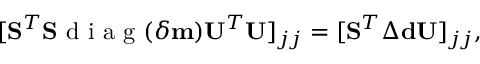
\begin{array} { r } { [ \mathbf { S } ^ { T } \mathbf { S } \mathrm { ~ d ~ i ~ a ~ g ~ } ( \delta \mathbf { m } ) \mathbf { U } ^ { T } \mathbf { U } ] _ { j j } = [ \mathbf { S } ^ { T } \Delta \mathbf { d } \mathbf { U } ] _ { j j } , } \end{array}